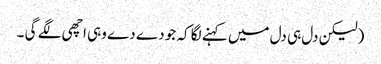
(لیکن دل ہی دل میں کہنے لگا کہ جو دے دے وہی اچھی لگے گی ۔